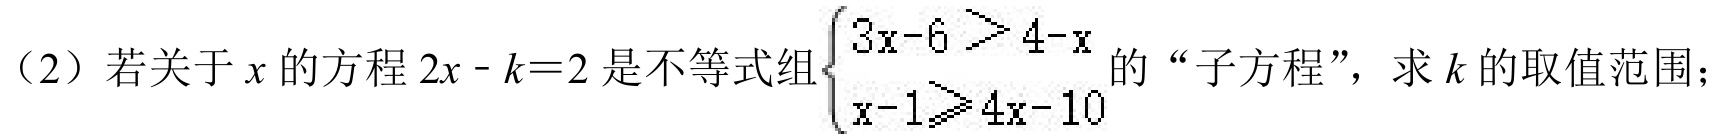
（2）若关于\(x\)的方程\(2x - k = 2\)是不等式组\(\begin{cases}3x - 6>4 - x \\
x - 1\geqslant4x - 10\end{cases}\)的“子方程”，求\(k\)的取值范围；